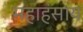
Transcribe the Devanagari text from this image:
महाहंसाय